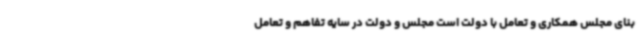
بنای مجلس همکاری و تعامل با دولت است مجلس و دولت در سایه تفاهم و تعامل